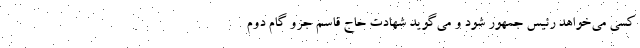
کسی می‌خواهد رئیس جمهور شود و می‌گوید شهادت حاج قاسم جزو گام دوم